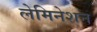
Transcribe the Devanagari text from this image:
लेमिनेशन